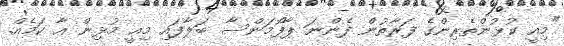
"މިއީ ކުޅުންތެރިންގެ ފަރާތުން ފެންނަ ޕާފޯމަންސާ ބަލާފައި މިއީ މުޅިން އާ ކަމެއް.